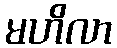
မဟိလာ